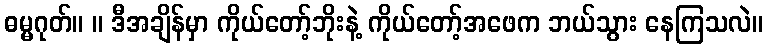
ဓမ္မဂုတ်။ ။ ဒီအချိန်မှာ ကိုယ်တော့်ဘိုးနဲ့ ကိုယ်တော့်အဖေက ဘယ်သွား နေကြသလဲ။